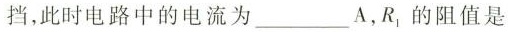
挡，此时电路中的电流为___A，R1的阻值是